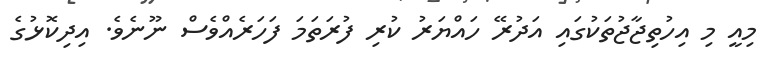
މިއީ މި އިހުތިޖާޖުތަކުގައި އަދުރޭ ހައްޔަރު ކުރި ފުރަތަމަ ފަހަރެއްވެސް ނޫނެވެ. އިދިކޮޅުގެ